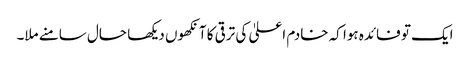
ایک تو فائدہ ہوا کہ خادم اعلیٰ کی ترقی کا آنکھوں دیکھا حال سامنے ملا۔